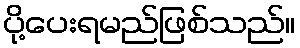
ပို့ပေးရမည်ဖြစ်သည်။